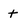
Character: t